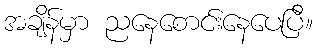
အချိန်မှာ ညနေစောင်းနေပေပြီ။